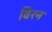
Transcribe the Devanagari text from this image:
विरन